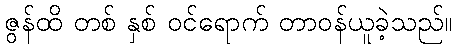
ဇွန်ထိ တစ် နှစ် ဝင်ရောက် တာဝန်ယူခဲ့သည်။